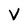
Character: V